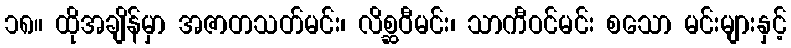
၁၈။ ထိုအချိန်မှာ အဇာတသတ်မင်း၊ လိစ္ဆဝီမင်း၊ သာကီဝင်မင်း စသော မင်းများနှင့်